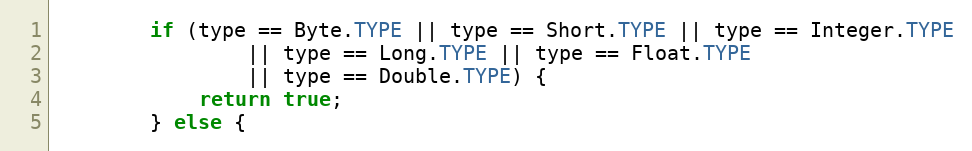
Language: Java
		if (type == Byte.TYPE || type == Short.TYPE || type == Integer.TYPE
				|| type == Long.TYPE || type == Float.TYPE
				|| type == Double.TYPE) {
			return true;
		} else {